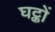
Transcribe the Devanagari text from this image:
घट्कों